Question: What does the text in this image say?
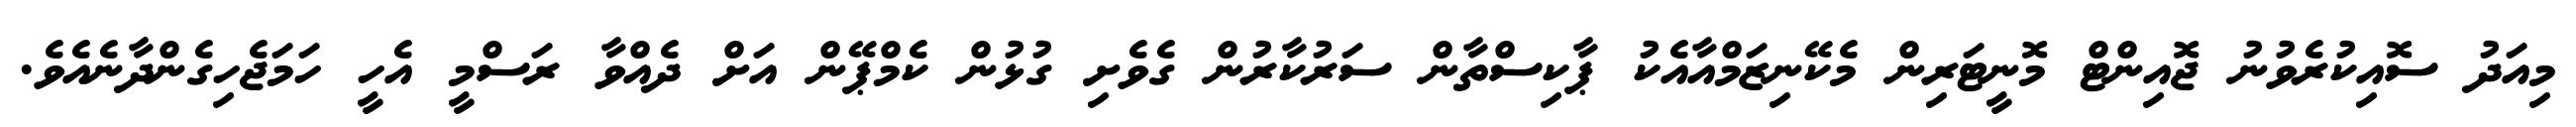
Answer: މިއަދު ސޮއިކުރެވުނު ޖޮއިންޓް މޮނީޓަރިން މެކޭނިޒަމްއާއެކު ޕާކިސްތާން ސަރުކާރުން ގެވެށި ގުޅުން ކެމްޕޭން އަށް ދެއްވާ ރަސްމީ އެހީ ހަމަޖެހިގެންދާނެއެވެ.